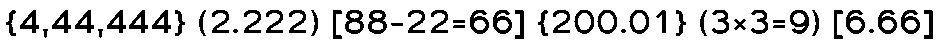
{4,44,444} (2.222) [88-22=66] {200.01} (3×3=9) [6.66]